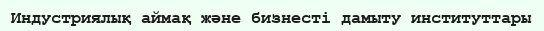
Индустриялық аймақ және бизнесті дамыту институттары